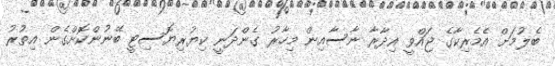
ބެލުމަށް އެމެރިކާގެ ޖައްވީ އިދާރާ ނާސާއިން މިހާރު ގެންދަނީ ކިޔުރިޔޮސިޓީ ބޭނުންކޮށްގެން އިތުރު